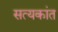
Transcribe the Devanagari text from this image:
सत्यकांत